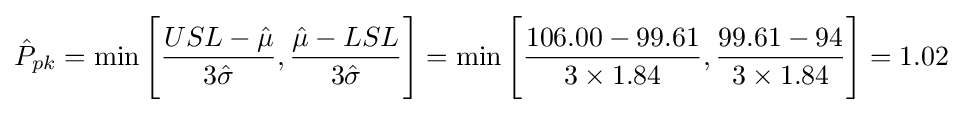
{\hat {P}}_{pk}=\min {\Bigg [}{USL-{\hat {\mu }} \over 3{\hat {\sigma }}},{{\hat {\mu }}-LSL \over 3{\hat {\sigma }}}{\Bigg ]}=\min {\Bigg [}{106.00-99.61 \over 3\times 1.84},{99.61-94 \over 3\times 1.84}{\Bigg ]}=1.02